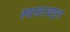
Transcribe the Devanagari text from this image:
स्थळाबद्दल